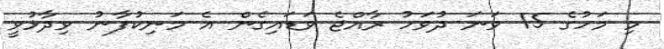
މި މަހުގެ 15 ވަނަ ދުވަހު ރާއްޖެ ވަޑައިގެން އެ މަނިކުފާނު ވިދާޅުވީ